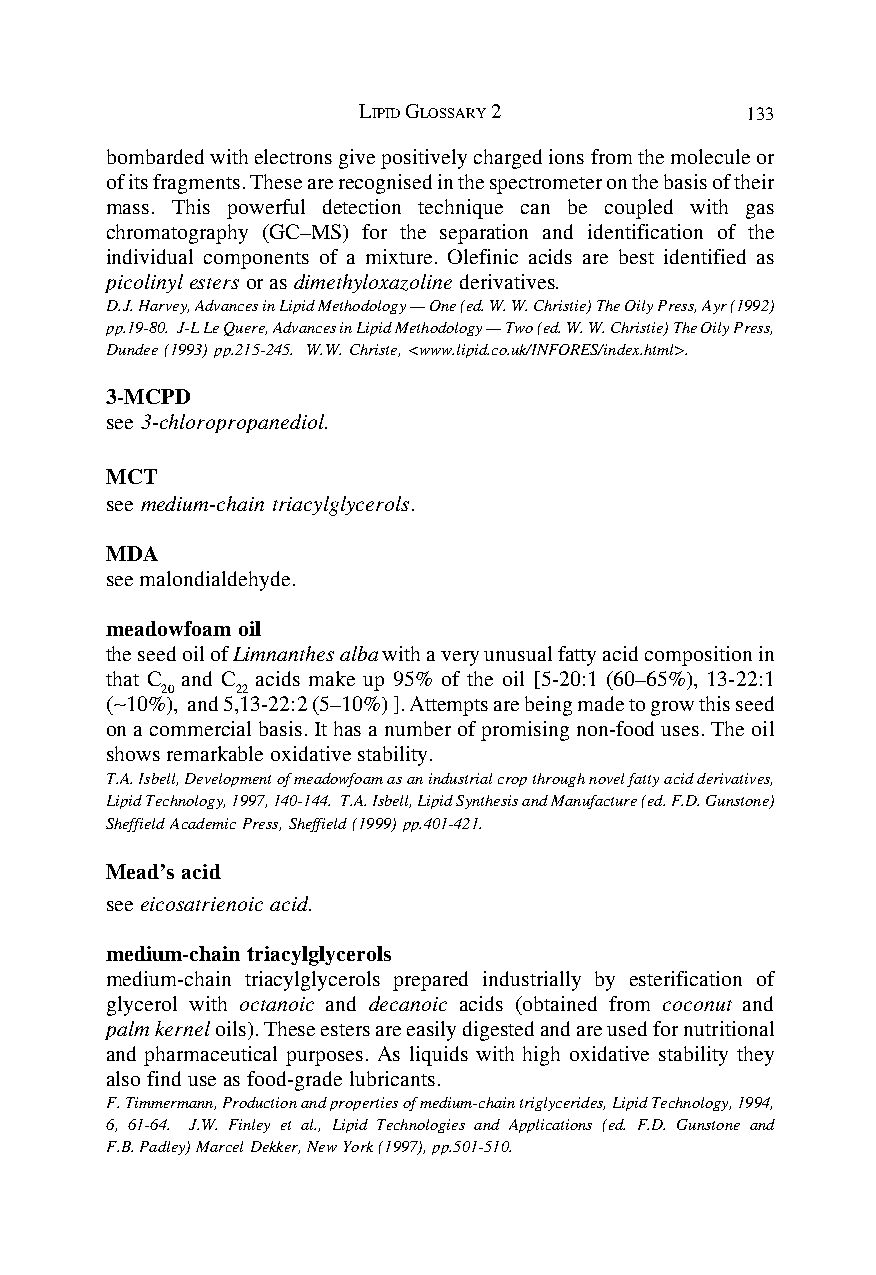
LIPID GLOSSARY 2         133
 bombarded with electrons give positively charged ions from the molecule or
 of its fragments. These are recognised in the spectrometer on the basis of their
 mass. This powerful detection technique can be coupled with gas
 chromatography (GC–MS) for the separation and identification of the
 individual components of a mixture. Olefinic acids are best identified as
 picolinyl esters or as dimethyloxazoline derivatives.
 D.J. Harvey, Advances in Lipid Methodology — One (ed. W. W. Christie) The Oily Press, Ayr (1992)
 pp.19-80. J-L Le Quere, Advances in Lipid Methodology — Two (ed. W. W. Christie) The Oily Press,
 Dundee (1993) pp.215-245. W.W. Christe, <www.lipid.co.uk/INFORES/index.html>.
 3-MCPD
 see 3-chloropropanediol.
 MCT
 see medium-chain triacylglycerols.
 MDA
 see malondialdehyde.
 meadowfoam oil
 the seed oil of Limnanthes alba with a very unusual fatty acid composition in
 that C and C acids make up 95% of the oil [5-20:1 (60–65%), 13-22:1
 20   22
 (∼10%), and 5,13-22:2 (5–10%) ]. Attempts are being made to grow this seed
 on a commercial basis. It has a number of promising non-food uses. The oil
 shows remarkable oxidative stability.
 T.A. Isbell, Development of meadowfoam as an industrial crop through novel fatty acid derivatives,
 Lipid Technology, 1997, 140-144. T.A. Isbell, Lipid Synthesis and Manufacture (ed. F.D. Gunstone)
 Sheffield Academic Press, Sheffield (1999) pp.401-421.
 Mead’s acid
 see eicosatrienoic acid.
 medium-chain triacylglycerols
 medium-chain triacylglycerols prepared industrially by esterification of
 glycerol with octanoic and decanoic acids (obtained from coconut and
 palm kernel oils). These esters are easily digested and are used for nutritional
 and pharmaceutical purposes. As liquids with high oxidative stability they
 also find use as food-grade lubricants.
 F. Timmermann, Production and properties of medium-chain triglycerides, Lipid Technology, 1994,
 6, 61-64. J.W. Finley et al., Lipid Technologies and Applications (ed. F.D. Gunstone and
 F.B. Padley) Marcel Dekker, New York (1997), pp.501-510.